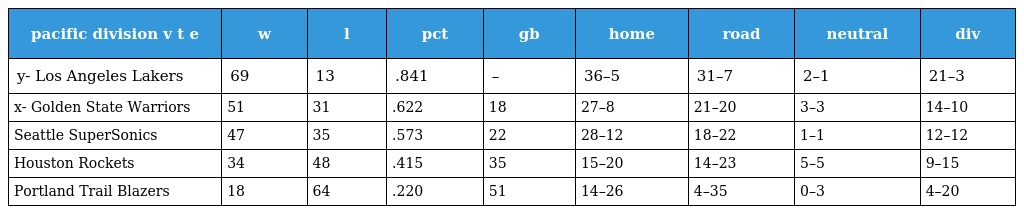
| pacific division v t e | w | l | pct | gb | home | road | neutral | div |
 | --- | --- | --- | --- | --- | --- | --- | --- | --- |
 | y- Los Angeles Lakers | 69 | 13 | .841 | – | 36–5 | 31–7 | 2–1 | 21–3 |
 | x- Golden State Warriors | 51 | 31 | .622 | 18 | 27–8 | 21–20 | 3–3 | 14–10 |
 | Seattle SuperSonics | 47 | 35 | .573 | 22 | 28–12 | 18–22 | 1–1 | 12–12 |
 | Houston Rockets | 34 | 48 | .415 | 35 | 15–20 | 14–23 | 5–5 | 9–15 |
 | Portland Trail Blazers | 18 | 64 | .220 | 51 | 14–26 | 4–35 | 0–3 | 4–20 |